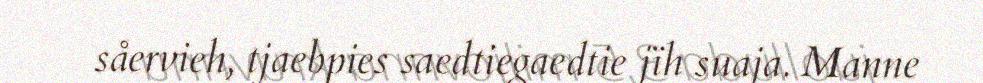
såervieh, tjaebpies saedtiegaedtie jïh suaja. Manne